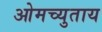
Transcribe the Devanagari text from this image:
ओमच्युताय